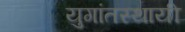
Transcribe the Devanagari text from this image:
युगांतस्थायी